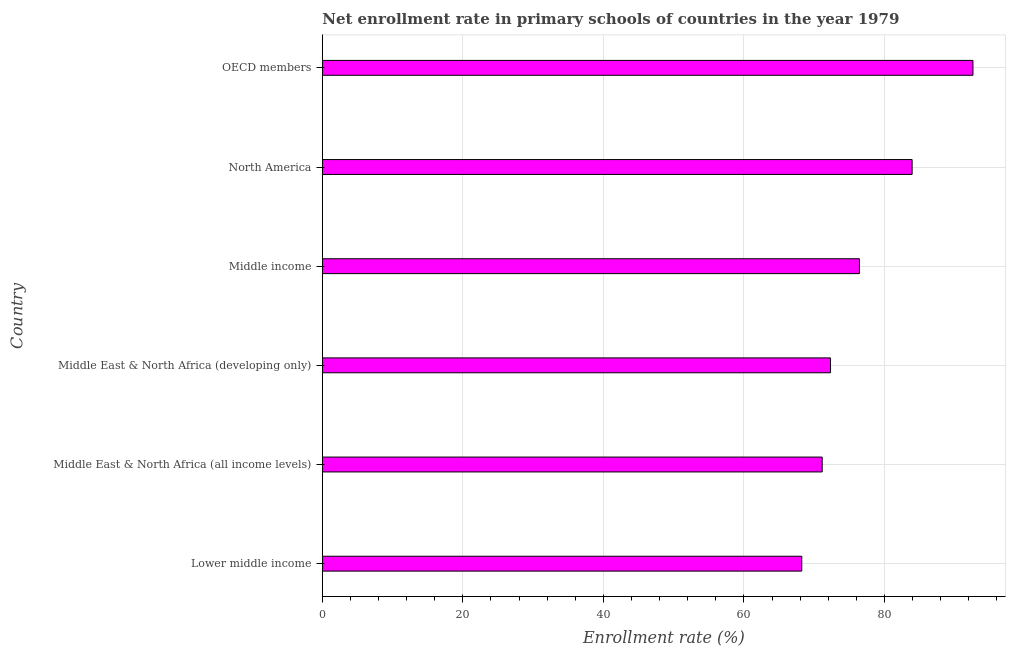
| Country | Adjusted net enrolment rate |
 | --- | --- |
 | Lower middle income | 68.2 |
 | Middle East & North Africa (all income levels) | 71.1 |
 | Middle East & North Africa (developing only) | 72.3 |
 | Middle income | 76.4 |
 | North America | 83.9 |
 | OECD members | 92.6 |